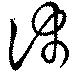
沛